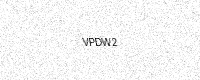
Text: VPDW2